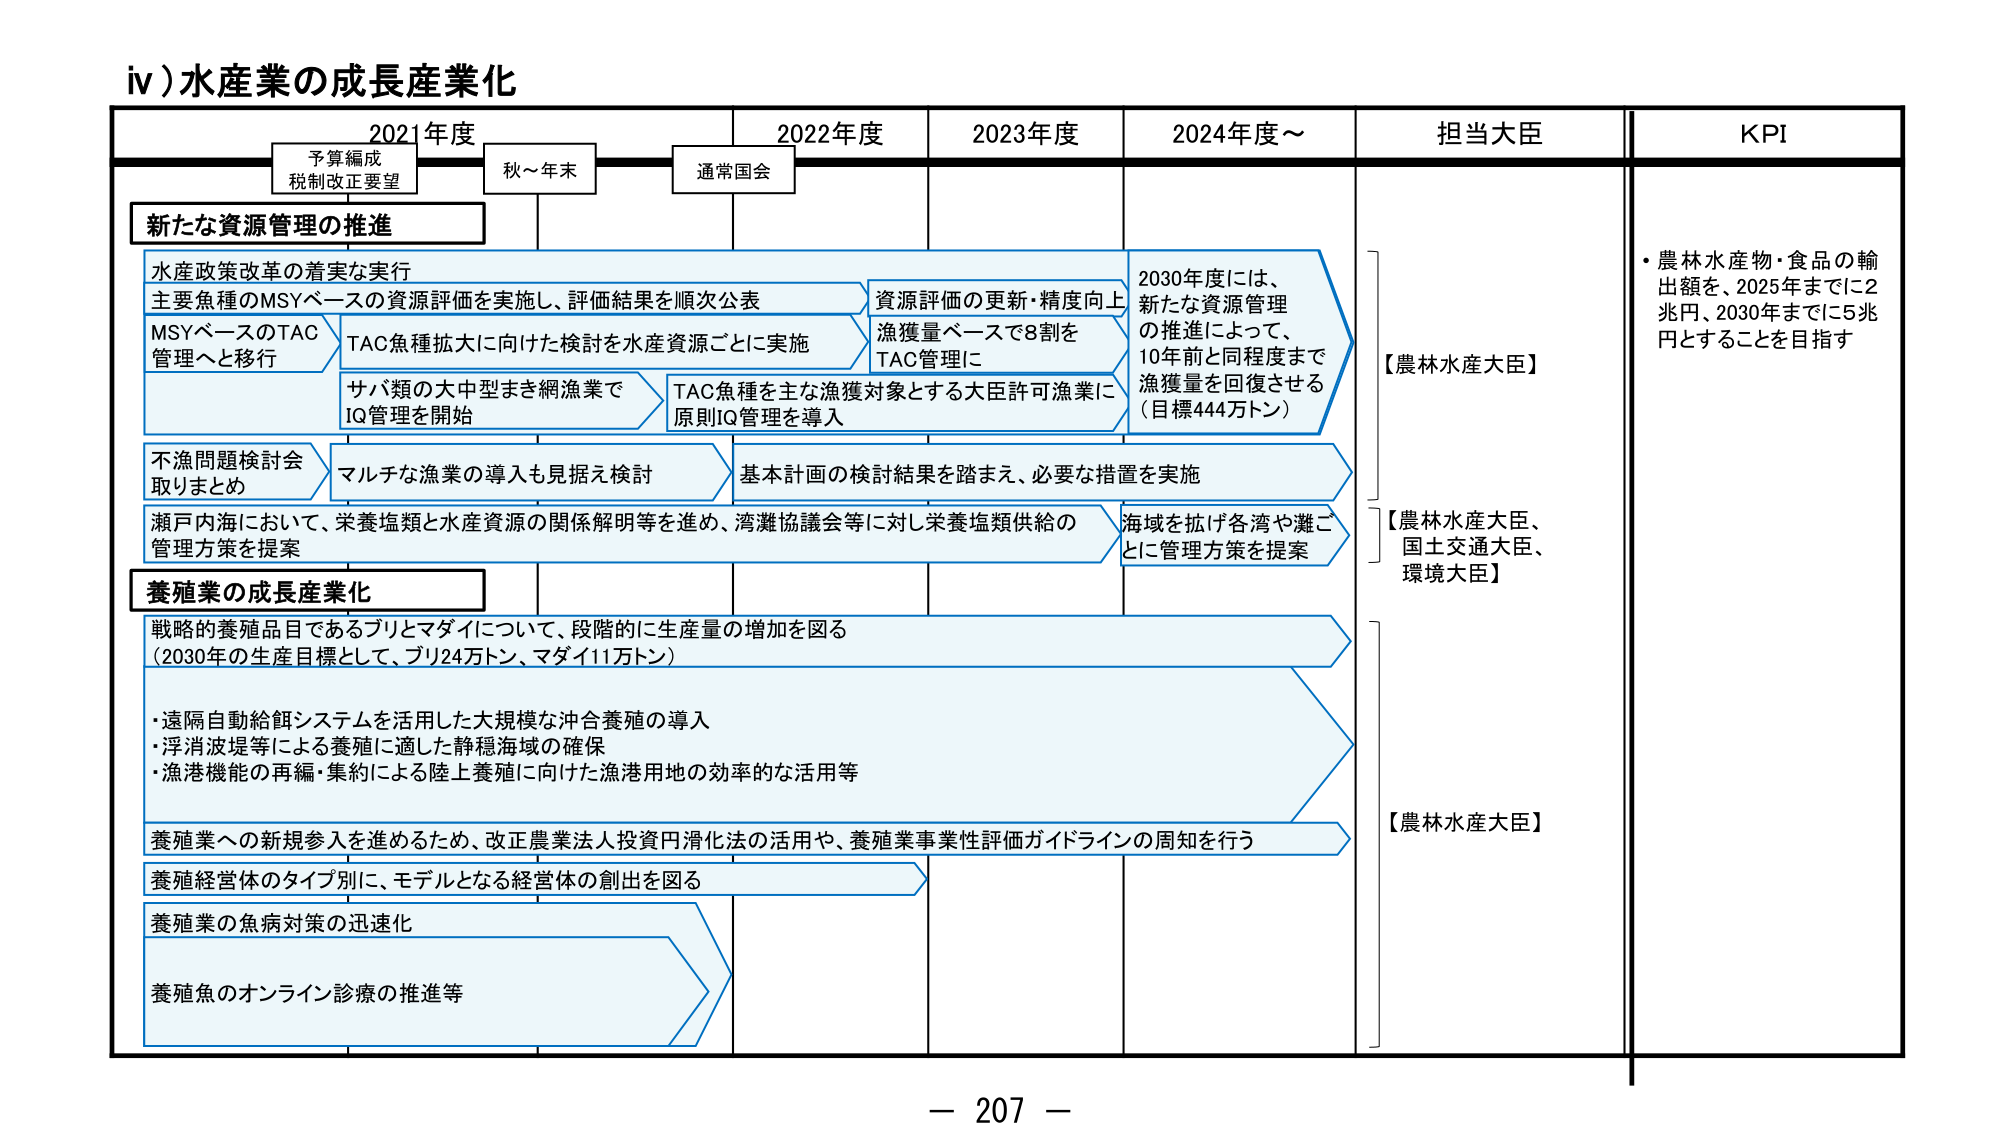
iv) 水産業の成長産業化

2021年度　　　　　　2022年度　　　　　　2023年度　　　　　　2024年度～　　　　　　担当大臣　　　　　　KPI

予算編成
税制改正要望　　　　　秋～年末　　　　　　通常国会

新たな資源管理の推進

水産政策改革の着実な実行
主要魚種のMSYベースの資源評価を実施し、評価結果を順次公表
MSYベースのTAC管理へと移行
TAC魚種拡大に向けた検討を水産資源ごとに実施
サバ類の大中型まき網漁業でIQ管理を開始
TAC魚種を主な漁獲対象とする大臣許可漁業に原則IQ管理を導入
資源評価の更新・精度向上
漁獲量ベースで8割をTAC管理に
2030年度には、新たな資源管理の推進によって、10年前と同程度まで漁獲量を回復させる（目標444万トン）

不漁問題検討会取りまとめ
マルチな漁業の導入も見据え検討
基本計画の検討結果を踏まえ、必要な措置を実施

瀬戸内海において、栄養塩類と水産資源の関係解明等を進め、湾灘協議会等に対し栄養塩類供給の管理方策を提案
海域を拡げ各湾や灘ごとに管理方策を提案

養殖業の成長産業化

戦略的養殖品目であるブリとマダイについて、段階的に生産量の増加を図る
（2030年の生産目標として、ブリ24万トン、マダイ11万トン）

・遠隔自動給餌システムを活用した大規模な沖合養殖の導入
・浮消波堤等による養殖に適した静穏海域の確保
・漁港機能の再編・集約による陸上養殖に向けた漁港用地の効率的な活用等

養殖業への新規参入を進めるため、改正農業法人投資円滑化法の活用や、養殖事業事業性評価ガイドラインの周知を行う

養殖経営体のタイプ別に、モデルとなる経営体の創出を図る

養殖業の魚病対策の迅速化

養殖魚のオンライン診療の推進等

【農林水産大臣】
【農林水産大臣、国土交通大臣、環境大臣】
【農林水産大臣】

・農林水産物・食品の輸出額を、2025年までに2兆円、2030年までに5兆円とすることを目指す

－ 207 －